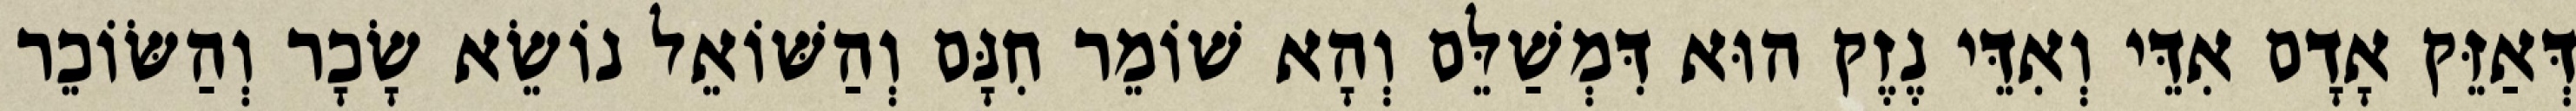
דְּאַזֵּק אָדָם אִדֵּי וְאִדֵּי נֶזֶק הוּא דִּמְשַׁלֵּם וְהָא שׁוֹמֵר חִנָּם וְהַשּׁוֹאֵל נוֹשֵׂא שָׂכָר וְהַשּׂוֹכֵר